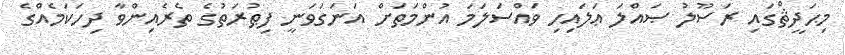
މިޙަދީޘްގައި ރަސޫލު ޞައްލަ ޢަލައިހި ވައްސަލަމަ އުންމަތަށް އަނަގަވަނީ ފިޠުރަތުގެ ތެރެއިންވާ ދިހަކަމެއްގެ